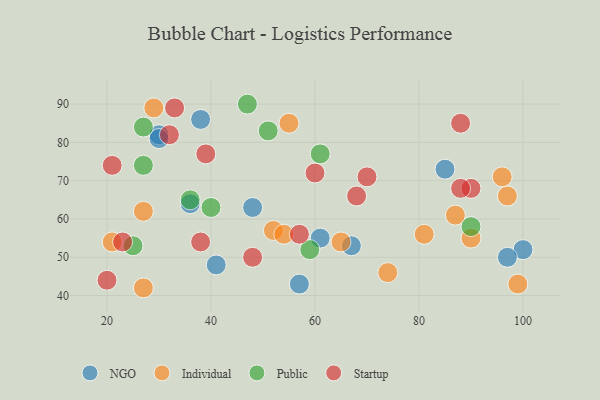
{"axis": {"x": "GDP", "y": "Life Expectancy"}, "legend": ["Individual", "NGO", "Public", "Startup"], "data": [{"x": "38", "y": 86, "type": "NGO"}, {"x": "30", "y": 82, "type": "NGO"}, {"x": "61", "y": 55, "type": "NGO"}, {"x": "41", "y": 48, "type": "NGO"}, {"x": "100", "y": 52, "type": "NGO"}, {"x": "30", "y": 81, "type": "NGO"}, {"x": "36", "y": 64, "type": "NGO"}, {"x": "57", "y": 43, "type": "NGO"}, {"x": "48", "y": 63, "type": "NGO"}, {"x": "85", "y": 73, "type": "NGO"}, {"x": "67", "y": 53, "type": "NGO"}, {"x": "97", "y": 50, "type": "NGO"}, {"x": "55", "y": 85, "type": "Individual"}, {"x": "96", "y": 71, "type": "Individual"}, {"x": "81", "y": 56, "type": "Individual"}, {"x": "97", "y": 66, "type": "Individual"}, {"x": "65", "y": 54, "type": "Individual"}, {"x": "74", "y": 46, "type": "Individual"}, {"x": "52", "y": 57, "type": "Individual"}, {"x": "99", "y": 43, "type": "Individual"}, {"x": "90", "y": 55, "type": "Individual"}, {"x": "21", "y": 54, "type": "Individual"}, {"x": "27", "y": 42, "type": "Individual"}, {"x": "27", "y": 62, "type": "Individual"}, {"x": "54", "y": 56, "type": "Individual"}, {"x": "87", "y": 61, "type": "Individual"}, {"x": "29", "y": 89, "type": "Individual"}, {"x": "25", "y": 53, "type": "Public"}, {"x": "47", "y": 90, "type": "Public"}, {"x": "51", "y": 83, "type": "Public"}, {"x": "59", "y": 52, "type": "Public"}, {"x": "36", "y": 65, "type": "Public"}, {"x": "90", "y": 58, "type": "Public"}, {"x": "40", "y": 63, "type": "Public"}, {"x": "61", "y": 77, "type": "Public"}, {"x": "27", "y": 74, "type": "Public"}, {"x": "27", "y": 84, "type": "Public"}, {"x": "33", "y": 89, "type": "Startup"}, {"x": "70", "y": 71, "type": "Startup"}, {"x": "90", "y": 68, "type": "Startup"}, {"x": "39", "y": 77, "type": "Startup"}, {"x": "32", "y": 82, "type": "Startup"}, {"x": "88", "y": 68, "type": "Startup"}, {"x": "48", "y": 50, "type": "Startup"}, {"x": "88", "y": 85, "type": "Startup"}, {"x": "38", "y": 54, "type": "Startup"}, {"x": "68", "y": 66, "type": "Startup"}, {"x": "21", "y": 74, "type": "Startup"}, {"x": "23", "y": 54, "type": "Startup"}, {"x": "60", "y": 72, "type": "Startup"}, {"x": "57", "y": 56, "type": "Startup"}, {"x": "20", "y": 44, "type": "Startup"}]}